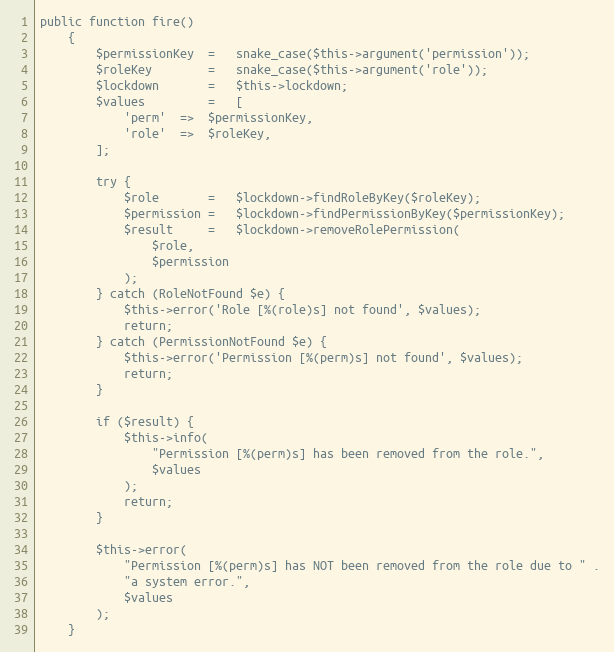
Language: PHP
public function fire()
    {
        $permissionKey  =   snake_case($this->argument('permission'));
        $roleKey        =   snake_case($this->argument('role'));
        $lockdown       =   $this->lockdown;
        $values         =   [
            'perm'  =>  $permissionKey,
            'role'  =>  $roleKey,
        ];

        try {
            $role       =   $lockdown->findRoleByKey($roleKey);
            $permission =   $lockdown->findPermissionByKey($permissionKey);
            $result     =   $lockdown->removeRolePermission(
                $role,
                $permission
            );
        } catch (RoleNotFound $e) {
            $this->error('Role [%(role)s] not found', $values);
            return;
        } catch (PermissionNotFound $e) {
            $this->error('Permission [%(perm)s] not found', $values);
            return;
        }

        if ($result) {
            $this->info(
                "Permission [%(perm)s] has been removed from the role.",
                $values
            );
            return;
        }

        $this->error(
            "Permission [%(perm)s] has NOT been removed from the role due to " .
            "a system error.",
            $values
        );
    }